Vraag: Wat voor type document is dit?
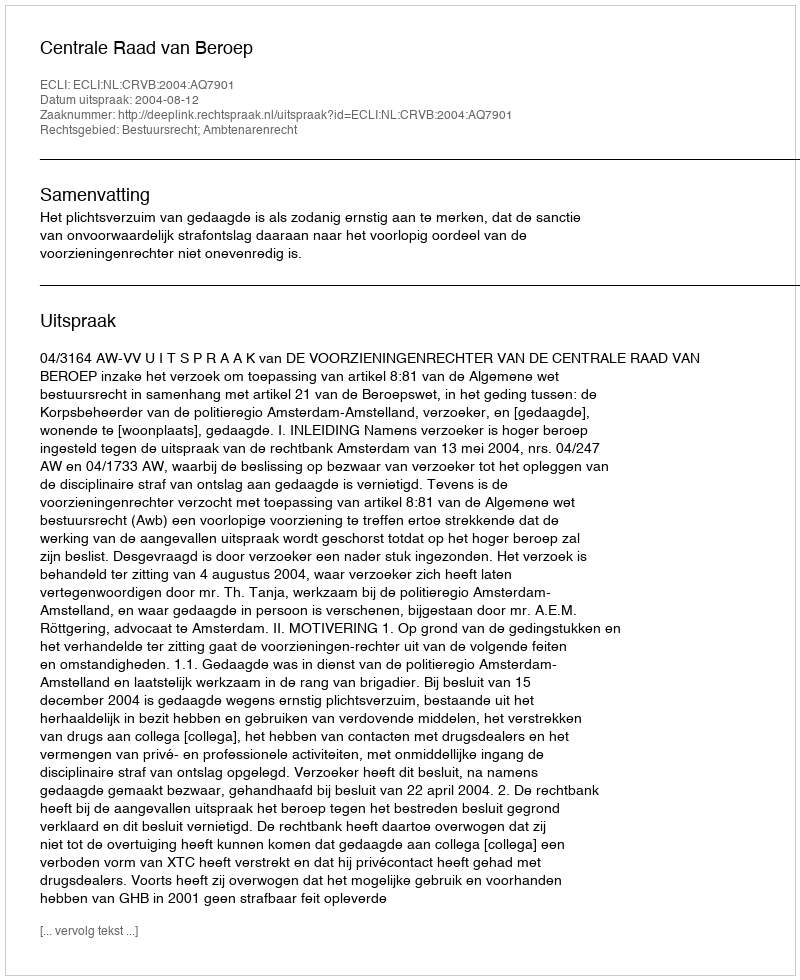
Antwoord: Uitspraak